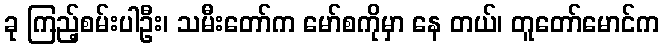
ခု ကြည့်စမ်းပါဦး၊ သမီးတော်က မော်စကိုမှာ နေ တယ်၊ တူတော်မောင်က